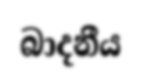
බාදනීය